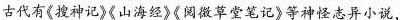
古代有《搜神记》《山海经》《阅微草堂笔记》等神怪志异小说